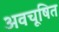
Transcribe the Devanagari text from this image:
अवचूषित